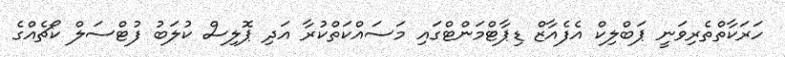
ހަރަކާތްތެރިވަނީ ޕަބްލިކް އެފެއާޒް ޑިޕާޓްމަންޓްގައި މަސައްކަތްކުރާ އަދި ޕޮލިސް ކުލަބު ފުޓްސަލް ކޯޗެއްގެ